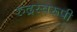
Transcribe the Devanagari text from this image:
रुद्रस्वरूपी